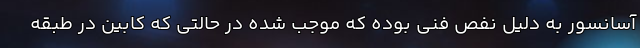
آسانسور به دلیل نفص فنی بوده که موجب شده در حالتی که کابین در طبقه